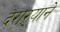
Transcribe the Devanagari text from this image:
दराऱ्याने